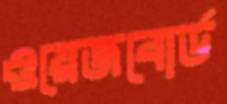
ওয়েজবোর্ড